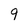
Character: 9